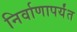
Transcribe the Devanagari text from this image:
निर्वाणापर्यंत